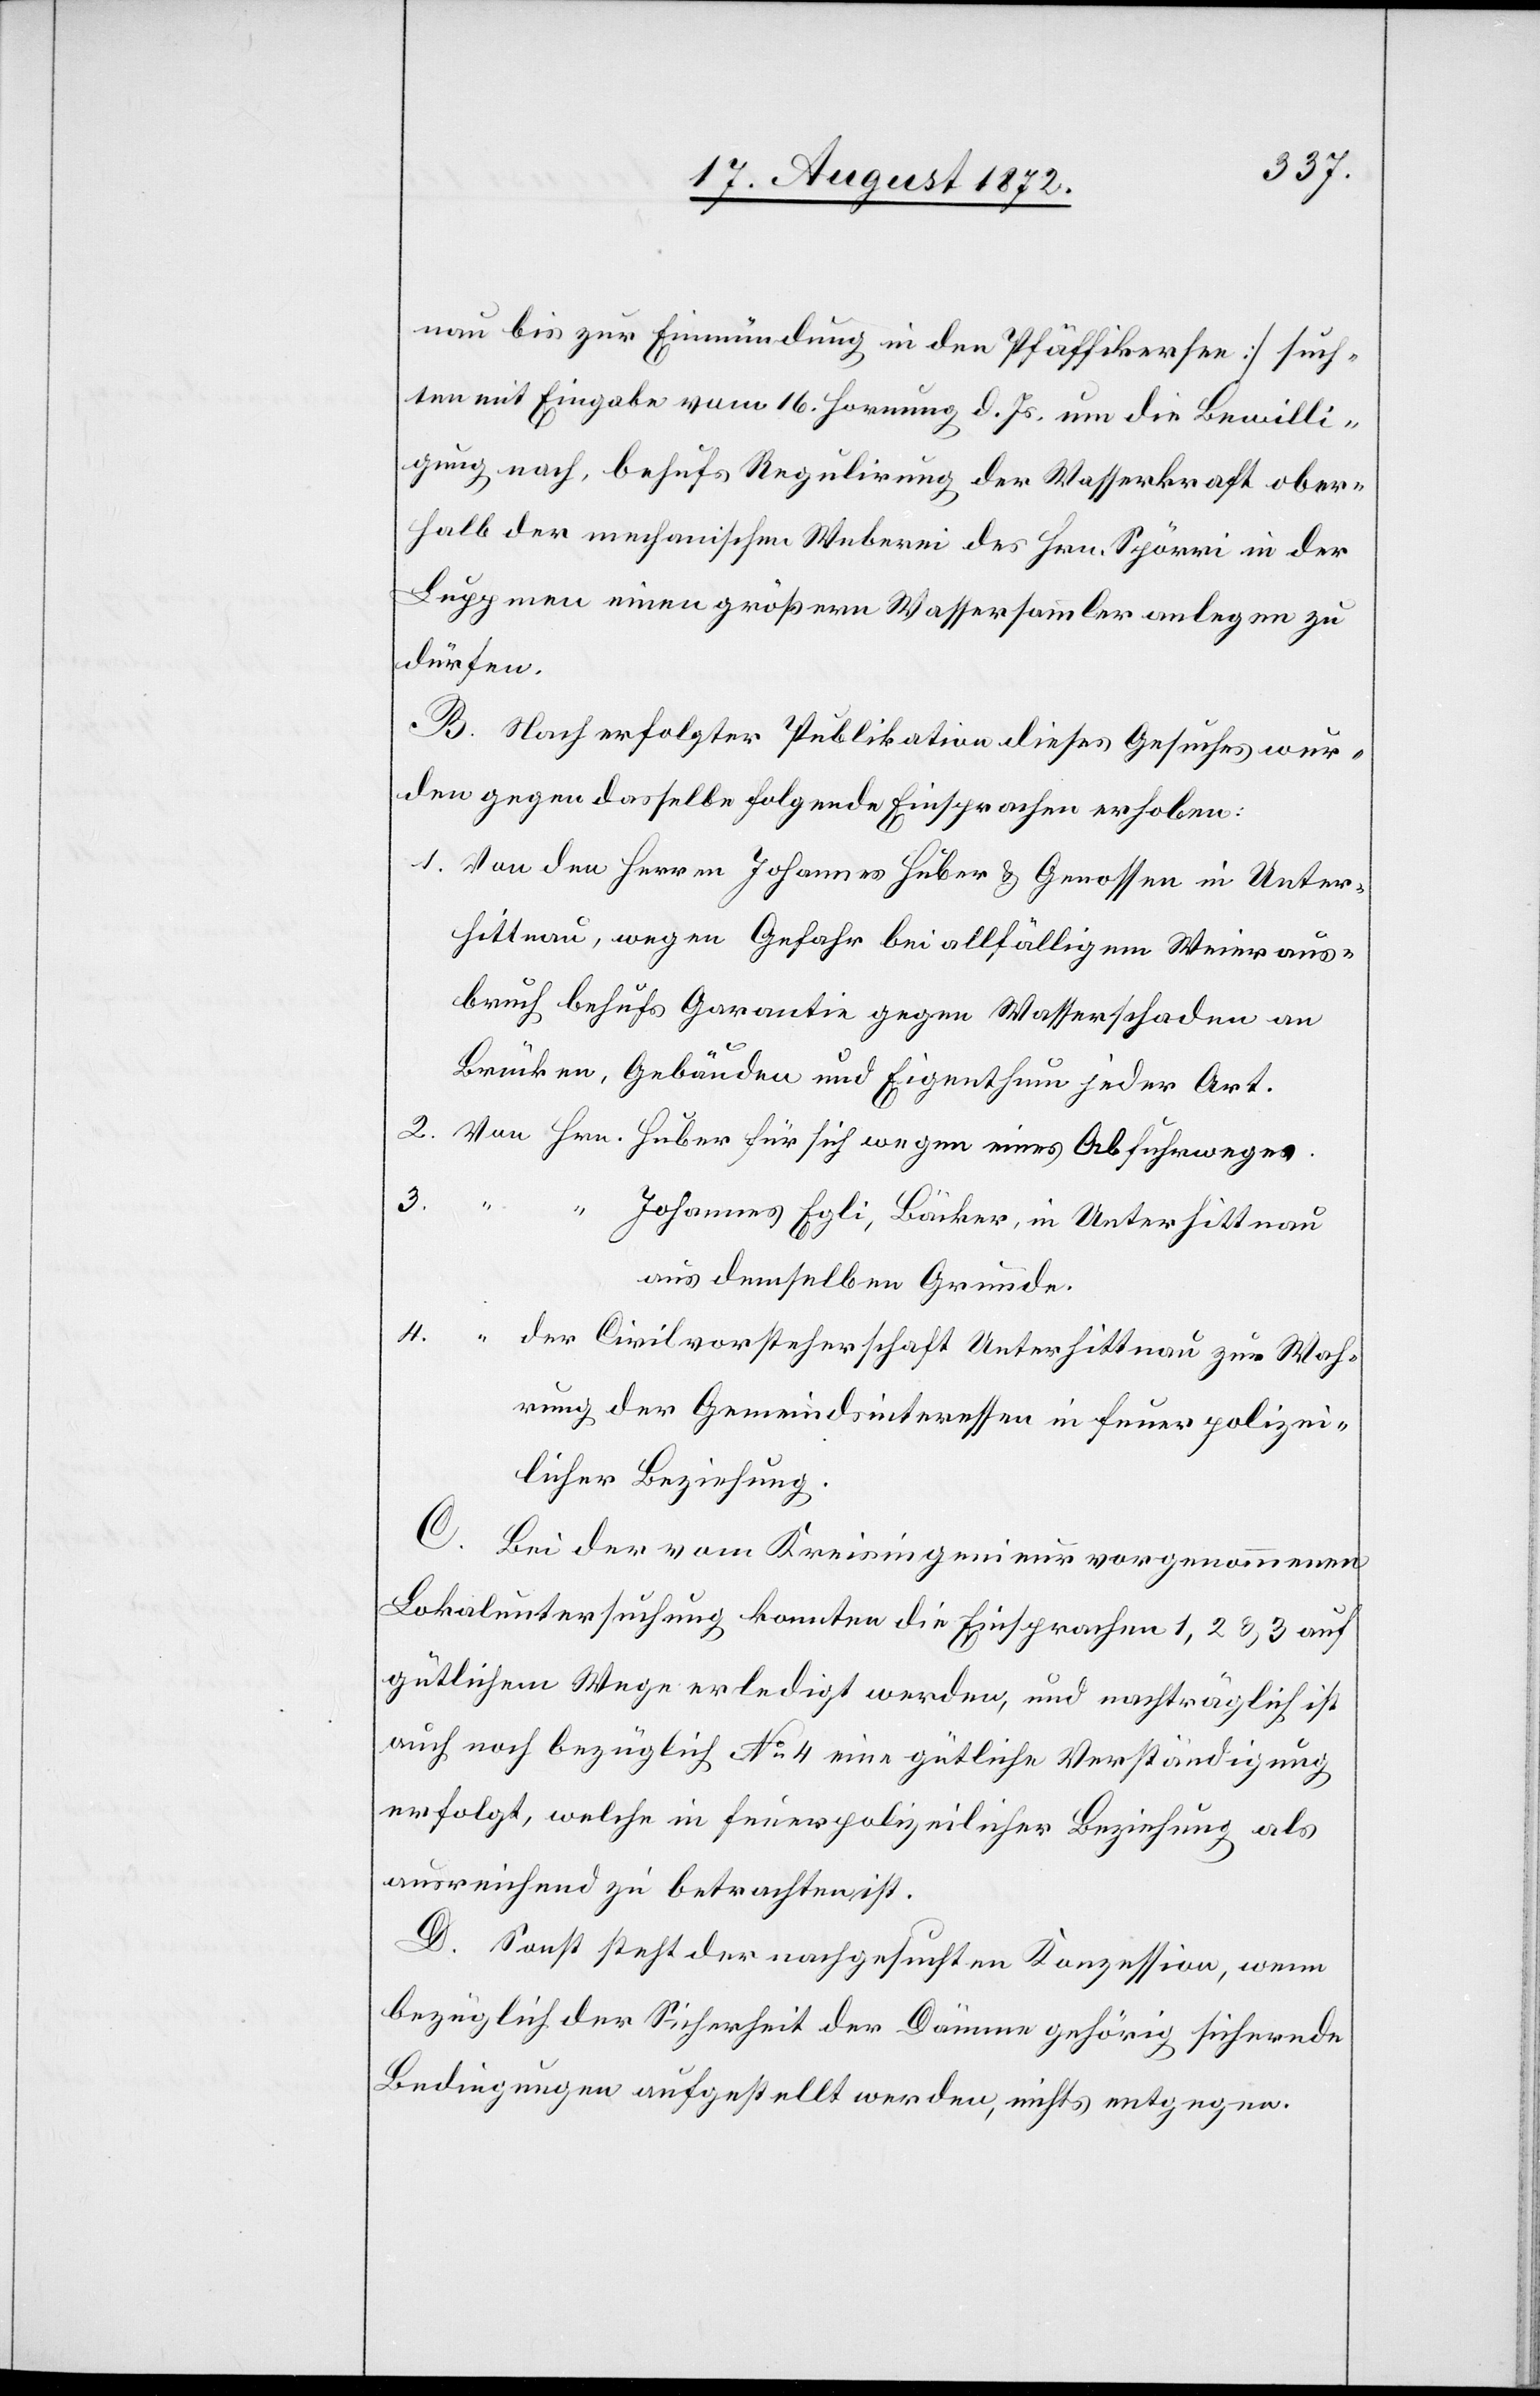
nau bis zur Einmündung in den Pfäffikersee] such¬
ten mit Eingabe vom 16. Hornung d. Js. um die Bewilli¬
gung nach, behufs Regulirung der Wasserkraft ober¬
halb der mechanischen Weberei des Hrn. Spörri in der
Luppmen einen größern Wassersammler anlegen zu
dürfen.
B. Nach erfolgter Publikation dieses Gesuches wur¬
den gegen dasselbe folgende Einsprachen erhoben:
1. Von den Herren Johannes Huber u. Genossen in Unter¬
hittnau, wegen Gefahr bei allfälligem Weieraus¬
bruch behufs Garantie gegen Wasserschaden an
Brücken, Gebäuden und Eigenthum jeder Art.
2. Von Hrn. Huber für sich wegen eines Abfuhrweges.
3.
“ Johannes Egli, Bäcker, in Unterhittnau
aus demselben Grunde.
4.
“ der Civilvorsteherschaft Unterhittnau zur Wah¬
rung der Gemeindsinteressen in feuerpolizei¬
licher Beziehung.
C. Bei der vom Kreisingenieur vorgenommenen
Lokaluntersuchung konnten die Einsprachen 1, 2 u. 3 auf
gütlichem Wege erledigt werden, und nachträglich ist
auch noch bezüglich No 4 eine gütliche Verständigung
erfolgt, welche in feuerpolizeilicher Beziehung als
ausreichend zu betrachten ist.
D. Sonst steht der nachgesuchten Konzession, wenn
bezüglich der Sicherheit der Dämme gehörig sichernde
Bedingungen aufgestellt werden, nichts entgegen.